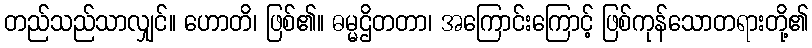
တည်သည်သာလျှင်။ ဟောတိ၊ ဖြစ်၏။ ဓမ္မဌိတတာ၊ အကြောင်းကြောင့် ဖြစ်ကုန်သောတရားတို့၏